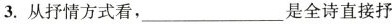
3.从抒情方式看，___是全诗直接抒